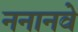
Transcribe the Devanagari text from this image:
ननानवे